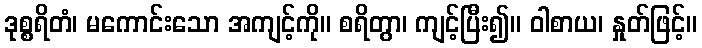
ဒုစ္စရိတံ၊ မကောင်းသော အကျင့်ကို။ စရိတွာ၊ ကျင့်ပြီး၍။ ဝါစာယ၊ နှုတ်ဖြင့်။